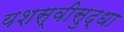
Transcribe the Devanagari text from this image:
यशस्वीसुद्धा